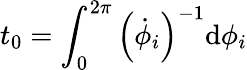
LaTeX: t_{0}=\int_{0}^{2\pi}\left(\dot{\phi}_{i}\right)^{-1}\mathrm{d}\phi_{i}